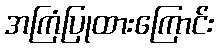
အကြံပြုထားကြောင်း